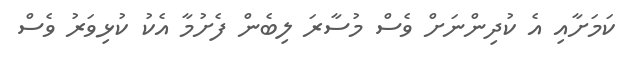
ކަމަށާއި އެ ކުދިންނަށް ވެސް މުސާރަ ލިބެން ފެށުމާ އެކު ކުޅިވަރު ވެސް